Report of the King Institute of Preventive Medicine, Guindy
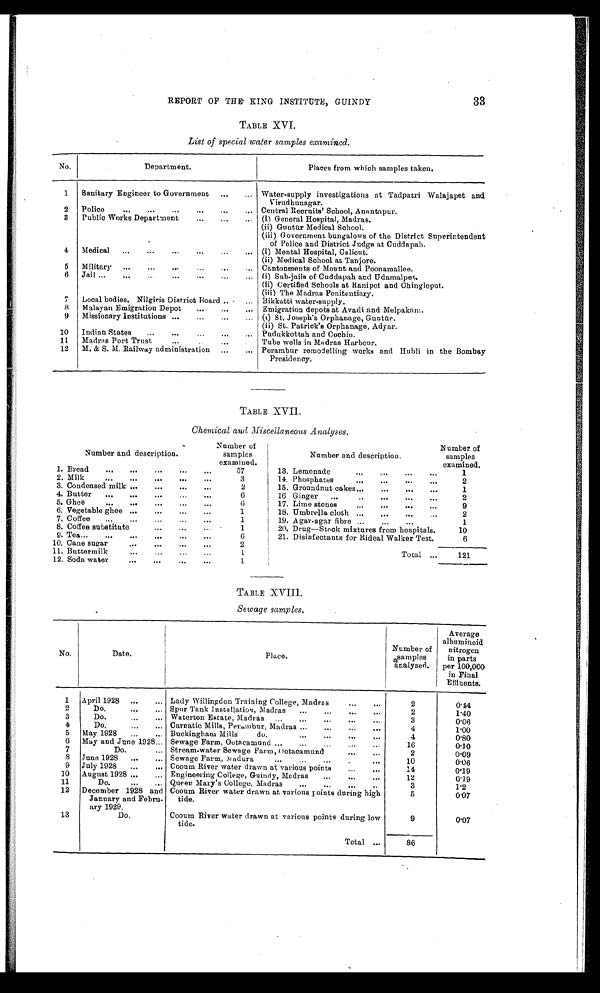
REPORT OF THE KING INSTITUTE, GUINDY
33
TABLE XVI.
List of special water samples examined.
No.
Department.
Places from which samples taken.
1
Sanitary Engineer to Government
...
... Water-supply investigations at Tadpatri Walajapet and
Virudhunagar.
2
Police
...
...
...
...
...
... Central Recruits' School, Anantapur.
3
Public Works Department
...
...
... (i) General Hospital, Madras.
(ii) Guntūr Medical School.
(iii) Government bungalows of the District Superintendent
of Police and District Judge at Cuddapab.
4
Medical
...
...
...
...
...
... (i) Mental Hospital, Calicut.
(ii) Medical School at Tanjore.
5
Military
...
...
...
...
...
Cantonments of Mount and Poonamallee.
6
Jail ...
...
...
...
...
... (i) Sub-jails of Cuddapah and Udamalpet.
(ii) Certified Schools at Ranipet and Chingleput.
(iii) The Madras Penitentiary.
7
Local bodies. Nilgiris District Board ...
_ Bikkatti water-supply.
8
Malayan Emigration Depot
...
...
... Emigration depots at Avadi and Melpakam.
9
Missionary Institutions ...
...
...
(i) St. Joseph's Orphanage, Gunt ū r.
(ii) St. Patrick's Orphanage, Adyar.
10
Indian States
...
...
...
...
... Pudukkottah and Cochin.
11
Madras Port Trust
...
..
...
Tube wells in Madras Harbour.
12
M. & S. M. Railway administration ...
... Perambur remodelling works and Hubli in the Bombay
Presidency.
TABLE XVII.
Chemical and Miscellaneous Analyses.
Number and description.
1. Bread
...
...
...
...
Number of
samples
examined. 5 7
2. Milk
...
...
...
...
...
3
3. Condensed milk ...
...
...
2
4. Butter
...
...
...
...
...
6
5. Ghee
...
...
...
6
6. Vegetable ghee ...
...
...
...
1
7. Coffee
...
...
...
...
1
8. Coffee substitute
...
...
1
9. Tea...
...
...
...
...
...
6
10. Cane sugar
...
...
...
...
2
11. Buttermilk
...
1
12. Soda water
...
...
...
...
1
Number and description.
Number of
samples
examined.
13. Lemonade
... ...
...
...
1
14. Phosphates
...
...
...
...
2
15. Groundnut cakes... ... ... ...
1
16 Ginger
...
..
...
...
...
2
17. Lime stones
...
... ...
...
9
18. Umbrella cloth ...
_
...
2
19. Agar-agar fibre ...
...
...
1
20. Drug—Stuck mixtures from hospitals.
10
21. Disinfectants for Rideal Walker Test.
6
Total ...
121
TABLE XVIII.
Sewage samples.
No.
Date.
Place.
Number of
samples
analysed.
Average
albuminoid
nitrogen
in parts
per 100,000
in Final
Effluents.
1
April 1928
...
... Lady Willingdon Training College, Madras
...
. ..
2
0.14
2
Do.
...
... Spur Tank Installation, Madras
...
...
...
...
2
1.40
3
Do.
...
... Waterton Estate, Madras
...
...
...
...
...
3
0 . 0 6
4
Do.
...
... Carnatic Mills, Perambur, Madras ...
...
...
...
4
1.00
5
May 1928
...
... Buckingham Mills
do.
...
...
...
...
4
0.80
6
May and June 1928 ... Sewage Farm, Ootacamund ...
...
...
...
16
0.10
7
Do.
... Stream-water Sewage Farm, Oo t a c a m u n d . . . . . .
2
0.09
8
June 1928
...
... Sewage Farm, Madura
...
...
...
.
...
10
0.06
9
July 1928
...
... Cooum River water drawn at various points
...
...
1 4
0.19
10
August 1928 ...
... Engineering College, Guindy, Madras
...
...
...
12
0.19
11
Do.
...
... Queen Mary's College,M a d r a s
. . .
. . .
. . .
. .
3
1.2
12
December 1928 and
January and Febru-
ary 1 9 2 9 .
Cooum River water drawn at various points during high
tide.
5
0.07
13
D o .
Cooum River water drawn at various points during low
tide.
9
0.07
Total ...
86